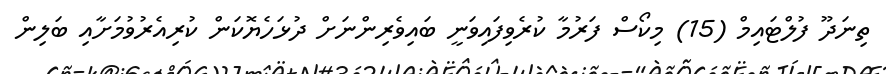
ތިނަދޫ ފުލްޓައިމް (15) މިކޯސް ފަރުމާ ކުރެވިފައިވަނީ ބައިވެރިންނަށް ދުޅަހެޔޮކަން ކުރިއެރުވުމަށާއި ބަލިން